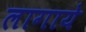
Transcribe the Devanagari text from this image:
लागाये